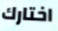
اختارك